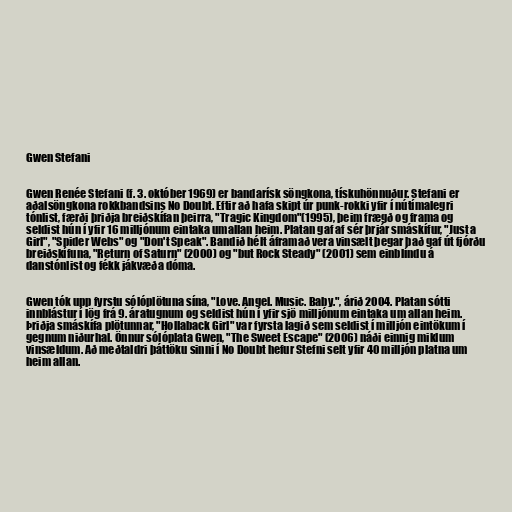
Gwen Stefani

Gwen Renée Stefani (f. 3. október 1969) er bandarísk söngkona, tískuhönnuður. Stefani er
aðalsöngkona rokkbandsins No Doubt. Eftir að hafa skipt úr punk-rokki yfir í nútímalegri
tónlist, færði þriðja breiðskífan þeirra, "Tragic Kingdom"(1995), þeim frægð og frama og
seldist hún í yfir 16 milljónum eintaka umallan heim. Platan gaf af sér þrjár smáskífur, "Just a
Girl", "Spider Webs" og "Don't Speak". Bandið hélt áframað vera vinsælt þegar það gaf út fjórðu
breiðskífuna, "Return of Saturn" (2000) og "but Rock Steady" (2001) sem einblíndu á
danstónlist og fékk jákvæða dóma.

Gwen tók upp fyrstu sólóplötuna sína, "Love. Angel. Music. Baby.", árið 2004. Platan sótti
innblástur í lög frá 9. áratugnum og seldist hún í yfir sjö milljónum eintaka um allan heim.
Þriðja smáskífa plötunnar, "Hollaback Girl" var fyrsta lagið sem seldist í milljón eintökum í
gegnum niðurhal. Önnur sólóplata Gwen, "The Sweet Escape" (2006) náði einnig miklum
vinsældum. Að meðtaldri þáttöku sinni í No Doubt hefur Stefni selt yfir 40 milljón platna um
heim allan.